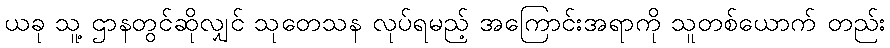
ယခု သူ့ ဌာနတွင်ဆိုလျှင် သုတေသန လုပ်ရမည့် အကြောင်းအရာကို သူတစ်ယောက် တည်း